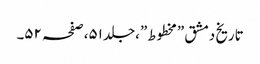
تاریخ دمشق ”مخطوط”،جلد ٥١،صفحہ ٥٢۔